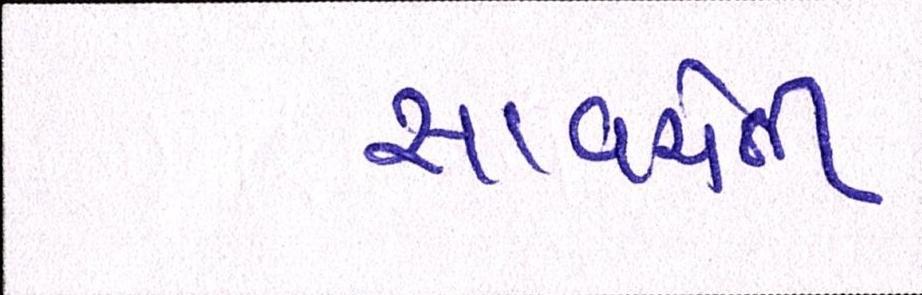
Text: સાવચેતી